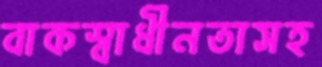
বাকস্বাধীনতাসহ